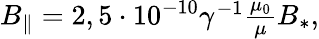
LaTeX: \begin{array}{c}{{B_{\parallel}=2,5\cdot 10^{-10}\gamma^{-1}{\frac{\mu_{0}}{\mu}}B_{*},}}\end{array}